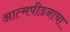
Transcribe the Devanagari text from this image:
आत्मपीडनाचा